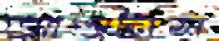
আওটাস